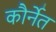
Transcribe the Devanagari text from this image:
कौर्नेत